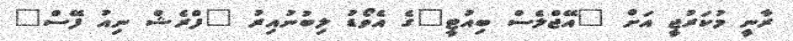
ރާނީ މުކަރުޖީ އަށް "އޭޖްލެސް ބިއުޓީ"ގެ އެވޯޑު ލިބުނުއިރު "ފްރެޝް ނިއު ފޭސް"